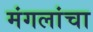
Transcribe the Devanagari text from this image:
मंगलांचा